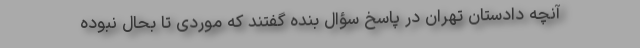
آنچه دادستان تهران در پاسخ سؤال بنده گفتند که موردی تا بحال نبوده